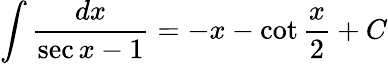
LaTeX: \int{\frac{dx}{\sec{x}-1}}=-x-\cot{\frac{x}{2}}+C